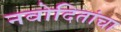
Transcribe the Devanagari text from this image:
नवोदितांचा